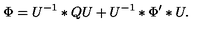
\Phi = U ^ { - 1 } \ast Q U + U ^ { - 1 } \ast \Phi ^ { \prime } \ast U .